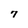
Character: 7